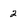
Character: 2